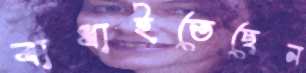
বাধাইতেছেন